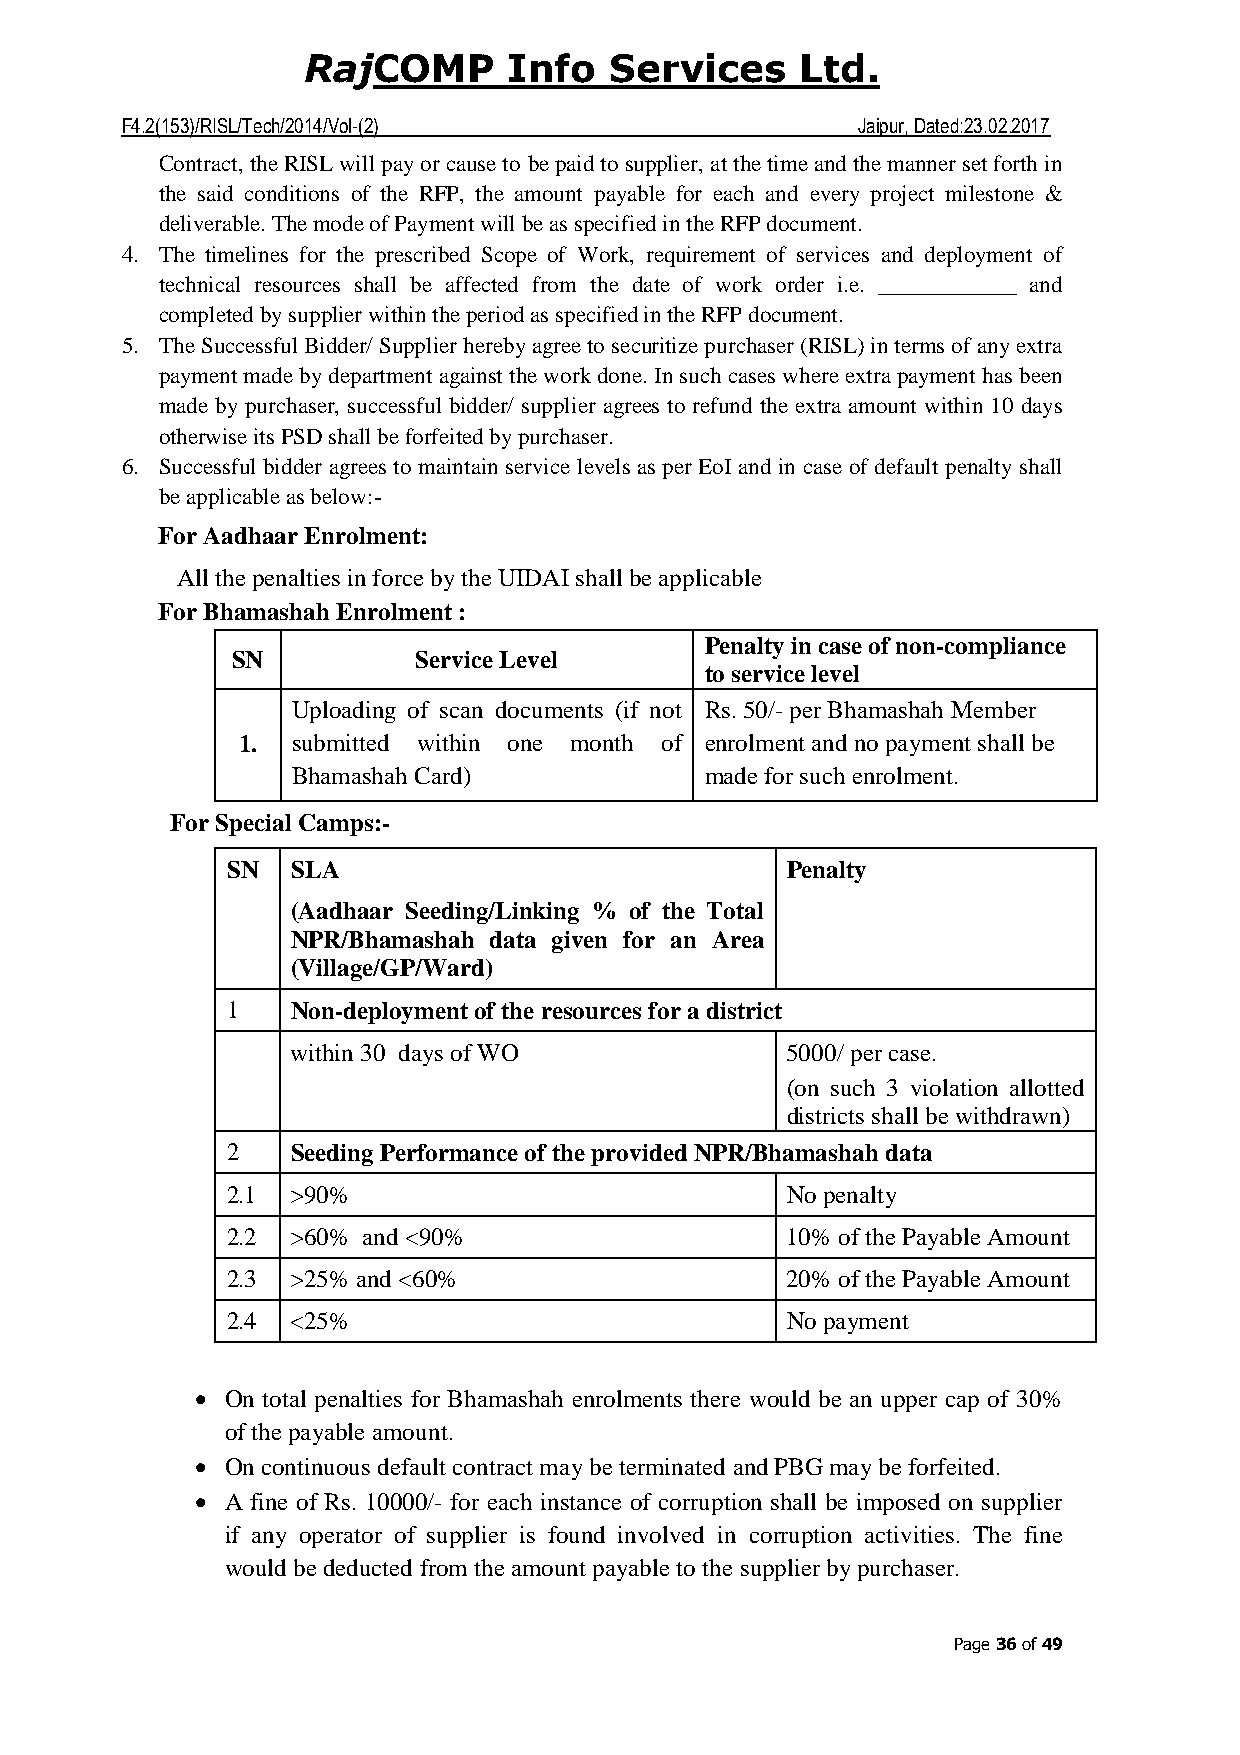
COMP     Info  Services     Ltd.
 Raj
 F4.2(153)/RISL/Tech/2014/Vol-(2)                 Jaipur, Dated:23.02.2017
 Contract, the RISL will pay or cause to be paid to supplier, at the time and the manner set forth in
 the said conditions of the RFP, the amount payable for each and every project milestone &
 deliverable. The mode of Payment will be as specified in the RFP document.
 4. The timelines for the prescribed Scope of Work, requirement of services and deployment of
 technical resources shall be affected from the date of work order i.e. ____________ and
 completed by supplier within the period as specified in the RFP document.
 5. The Successful Bidder/ Supplier hereby agree to securitize purchaser (RISL) in terms of any extra
 payment made by department against the work done. In such cases where extra payment has been
 made by purchaser, successful bidder/ supplier agrees to refund the extra amount within 10 days
 otherwise its PSD shall be forfeited by purchaser.
 6. Successful bidder agrees to maintain service levels as per EoI and in case of default penalty shall
 be applicable as below:-
 For Aadhaar Enrolment:
 All the penalties in force by the UIDAI shall be applicable
 For Bhamashah Enrolment :
 Penalty in case of non-compliance
 SN           Service Level
 to service level
 Uploading of scan documents (if not Rs. 50/- per Bhamashah Member
 1. submitted within one month of enrolment and no payment shall be
 Bhamashah Card)             made for such enrolment.
 For Special Camps:-
 SN  SLA                              Penalty
 (Aadhaar Seeding/Linking % of the Total
 NPR/Bhamashah data given for an Area
 (Village/GP/Ward)
 1   Non-deployment of the resources for a district
 within 30 days of WO             5000/ per case.
 (on such 3 violation allotted
 districts shall be withdrawn)
 2   Seeding Performance of the provided NPR/Bhamashah data
 2.1 >90%                             No penalty
 2.2 >60% and <90%                    10% of the Payable Amount
 2.3 >25% and <60%                    20% of the Payable Amount
 2.4 <25%                             No payment
 • On total penalties for Bhamashah enrolments there would be an upper cap of 30%
 of the payable amount.
 • On continuous default contract may be terminated and PBG may be forfeited.
 • A fine of Rs. 10000/- for each instance of corruption shall be imposed on supplier
 if any operator of supplier is found involved in corruption activities. The fine
 would be deducted from the amount payable to the supplier by purchaser.
 Page 36 of 49